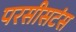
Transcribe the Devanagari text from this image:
परसीसटंस